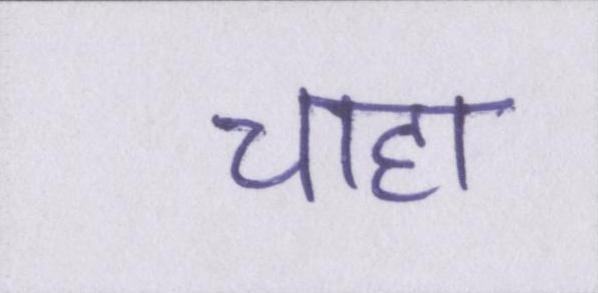
चाहा